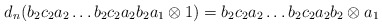
\begin{align*}d_n(b_2c_2a_2 \dots b_2c_2a_2b_2a_1 \otimes 1) = b_2c_2a_2 \dots b_2c_2a_2b_2 \otimes a_1\end{align*}